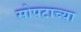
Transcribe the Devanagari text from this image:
सोपटाच्या